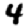
Digit: 4